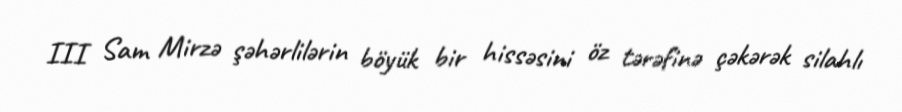
III Sam Mirzə şəhərlilərin böyük bir hissəsini öz tərəfinə çəkərək silahlı